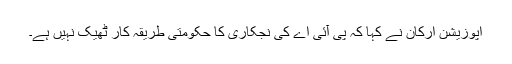
اپوزیشن ارکان نے کہا کہ پی آئی اے کی نجکاری کا حکومتی طریقہ کار ٹھیک نہیں ہے۔